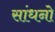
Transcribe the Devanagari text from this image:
सांधनो